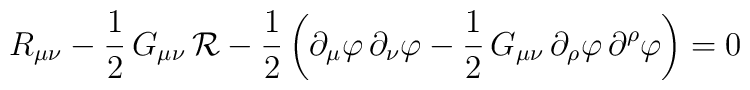
R_{\mu\nu}-\frac{1}{2}\,G_{\mu\nu}\,{\cal R} -\frac{1}{2}\left(\partial_\mu\varphi\,\partial_\nu\varphi-\frac{1}{2}\,G_{\mu\nu}\,\partial_\rho\varphi\,\partial^\rho\varphi\right) =0